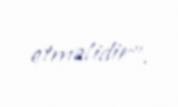
etməlidir”.